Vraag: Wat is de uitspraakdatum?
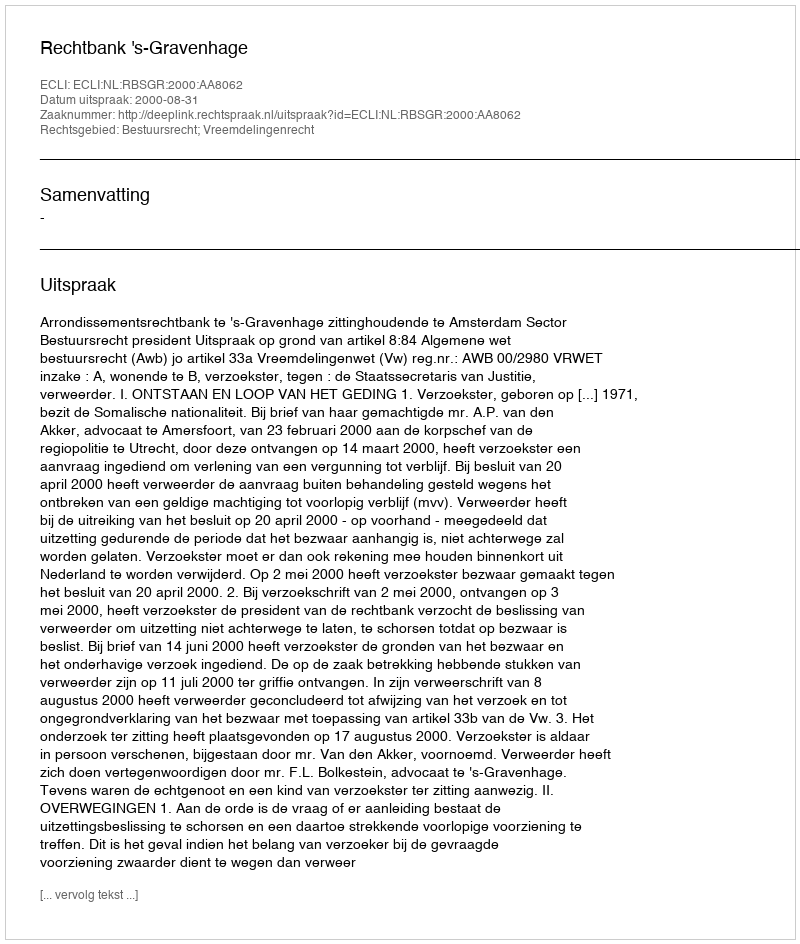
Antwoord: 2000-08-31